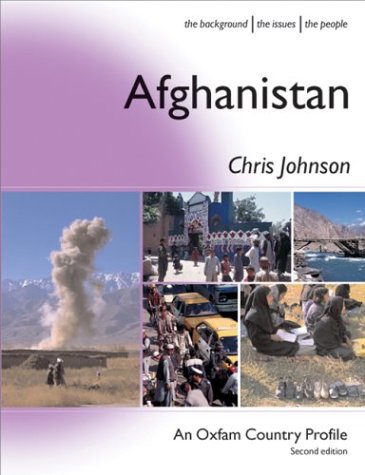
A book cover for Afghanistan (Oxfam Country Profiles Series); Chris Johnson; Travel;